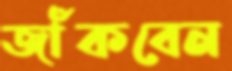
জাঁকবেন